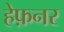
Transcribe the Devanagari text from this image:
हेफ़नर